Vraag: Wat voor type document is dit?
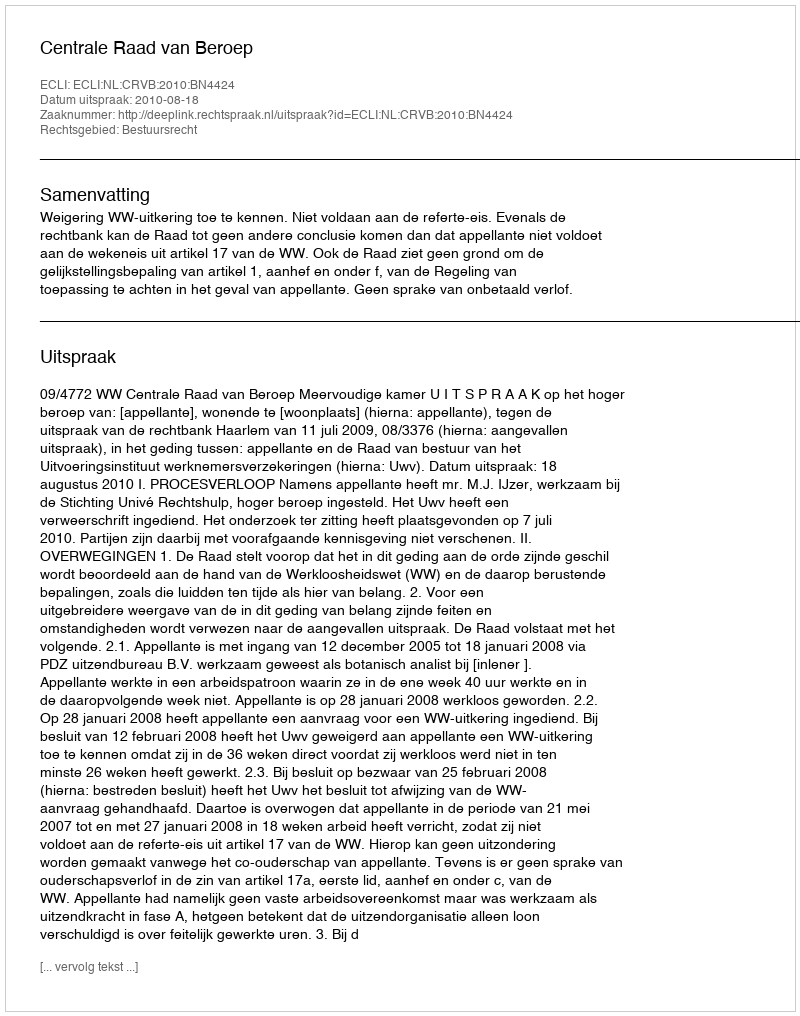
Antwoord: Uitspraak